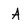
Character: A